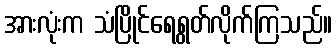
အားလုံးက သံပြိုင်ရေရွတ်လိုက်ကြသည်။